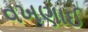
વખણાઈ